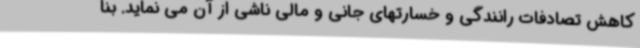
کاهش تصادفات رانندگی و خسارتهای جانی و مالی ناشی از آن می نماید. بنا